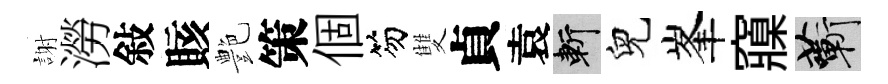
謝澇敍賅艶策個笏雙貞袁斬兒峯䆿蔪